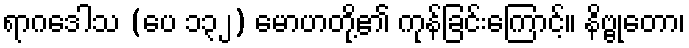
ရာဂဒေါသ (ပေ ၁၃၂) မောဟတို့၏ ကုန်ခြင်းကြောင့်။ နိဗ္ဗုတော၊